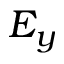
E _ { y }